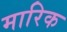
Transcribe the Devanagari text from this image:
मारिक